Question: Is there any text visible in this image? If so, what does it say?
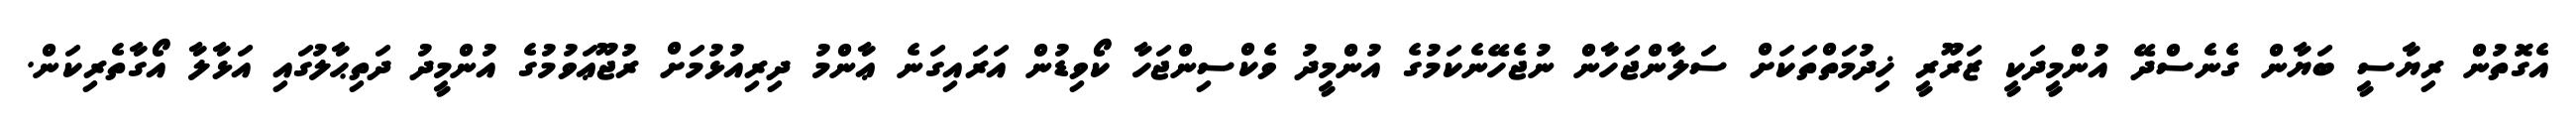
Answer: އެގޮތުން ރިޔާސީ ބަޔާން ގެނެސްދޭ އުންމީދަކީ ޒަރޫރީ ޚިދުމަތްތަކަށް ސަލާންޖަހާން ނުޖެހޭނެކަމުގެ އުންމީދު ވެކްސިންޖަހާ ކޯވިޑުން އަރައިގަނެ ޢާންމު ދިރިއުޅުމަށް ރުޖޫޢަވުމުގެ އުންމީދު ދަތިޙާލުގައި އަޅާލާ އޯގާތެރިކަން.